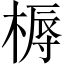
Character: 槈